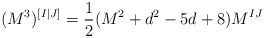
\begin{align*}(M^3)^{[I|J]}=\frac{1}{2}(M^2+d^2-5d+8)M^{IJ}\end{align*}